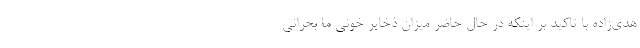
هدی‌زاده با تاکید بر اینکه در حال حاضر میزان ذخایر خونی ما بحرانی